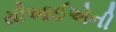
સીઆઈએની